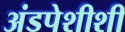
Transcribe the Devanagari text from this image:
अंडपेशीशी